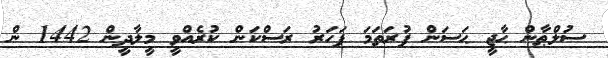
ސުލްޠާން ޙާޖީ ޙަސަން ފުރަތަމަ ފަހަރު ރަސްކަން ކުރެއްވީ މީލާދީން 1442 ން